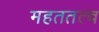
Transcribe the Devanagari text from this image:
महततत्व